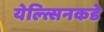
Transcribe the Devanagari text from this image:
येल्त्सिनकडे